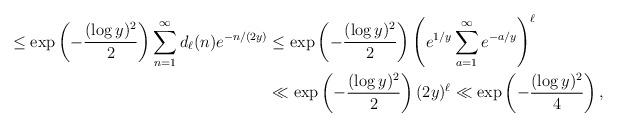
LaTeX: \begin{align*} \leq \exp\left(-\frac{(\log y)^2}{2}\right)\sum_{n=1}^{\infty}d_{\ell}(n)e^{-n/(2y)} & \leq \exp\left(-\frac{(\log y)^2}{2}\right)\left(e^{1/y}\sum_{a=1}^{\infty}e^{-a/y}\right)^{\ell}\\ & \ll \exp\left(-\frac{(\log y)^2}{2}\right) (2y)^{\ell} \ll \exp\left(-\frac{(\log y)^2}{4}\right),\end{align*}